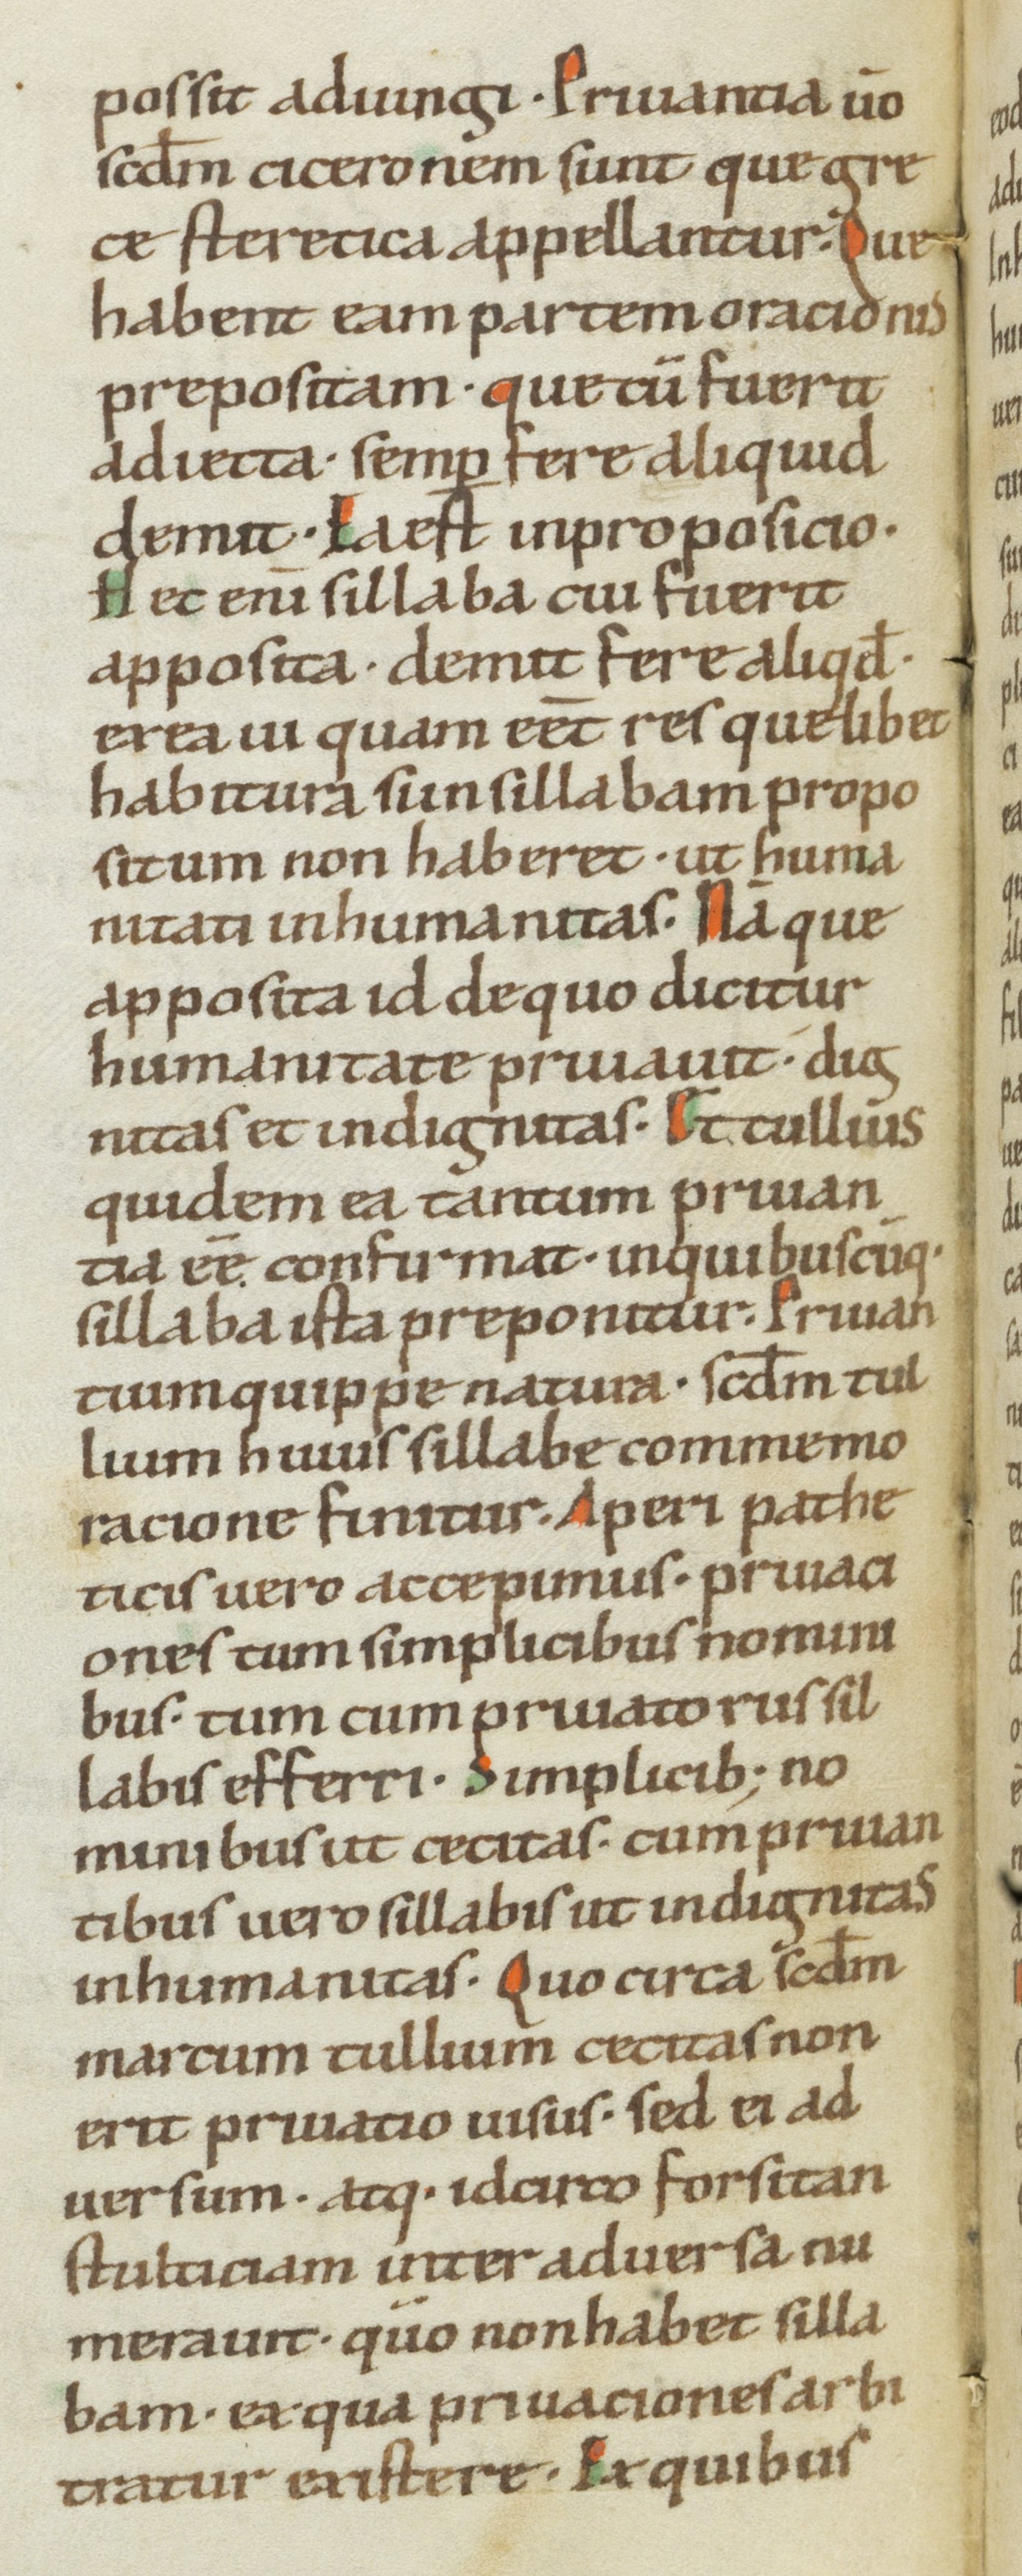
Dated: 1000–1099